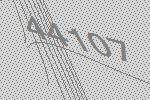
44107